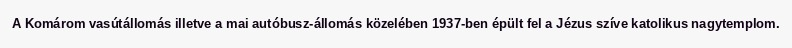
A Komárom vasútállomás illetve a mai autóbusz-állomás közelében 1937-ben épült fel a Jézus szíve katolikus nagytemplom.